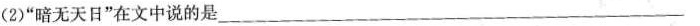
(2)”暗无天日”在文中说的是___